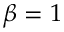
\beta = 1